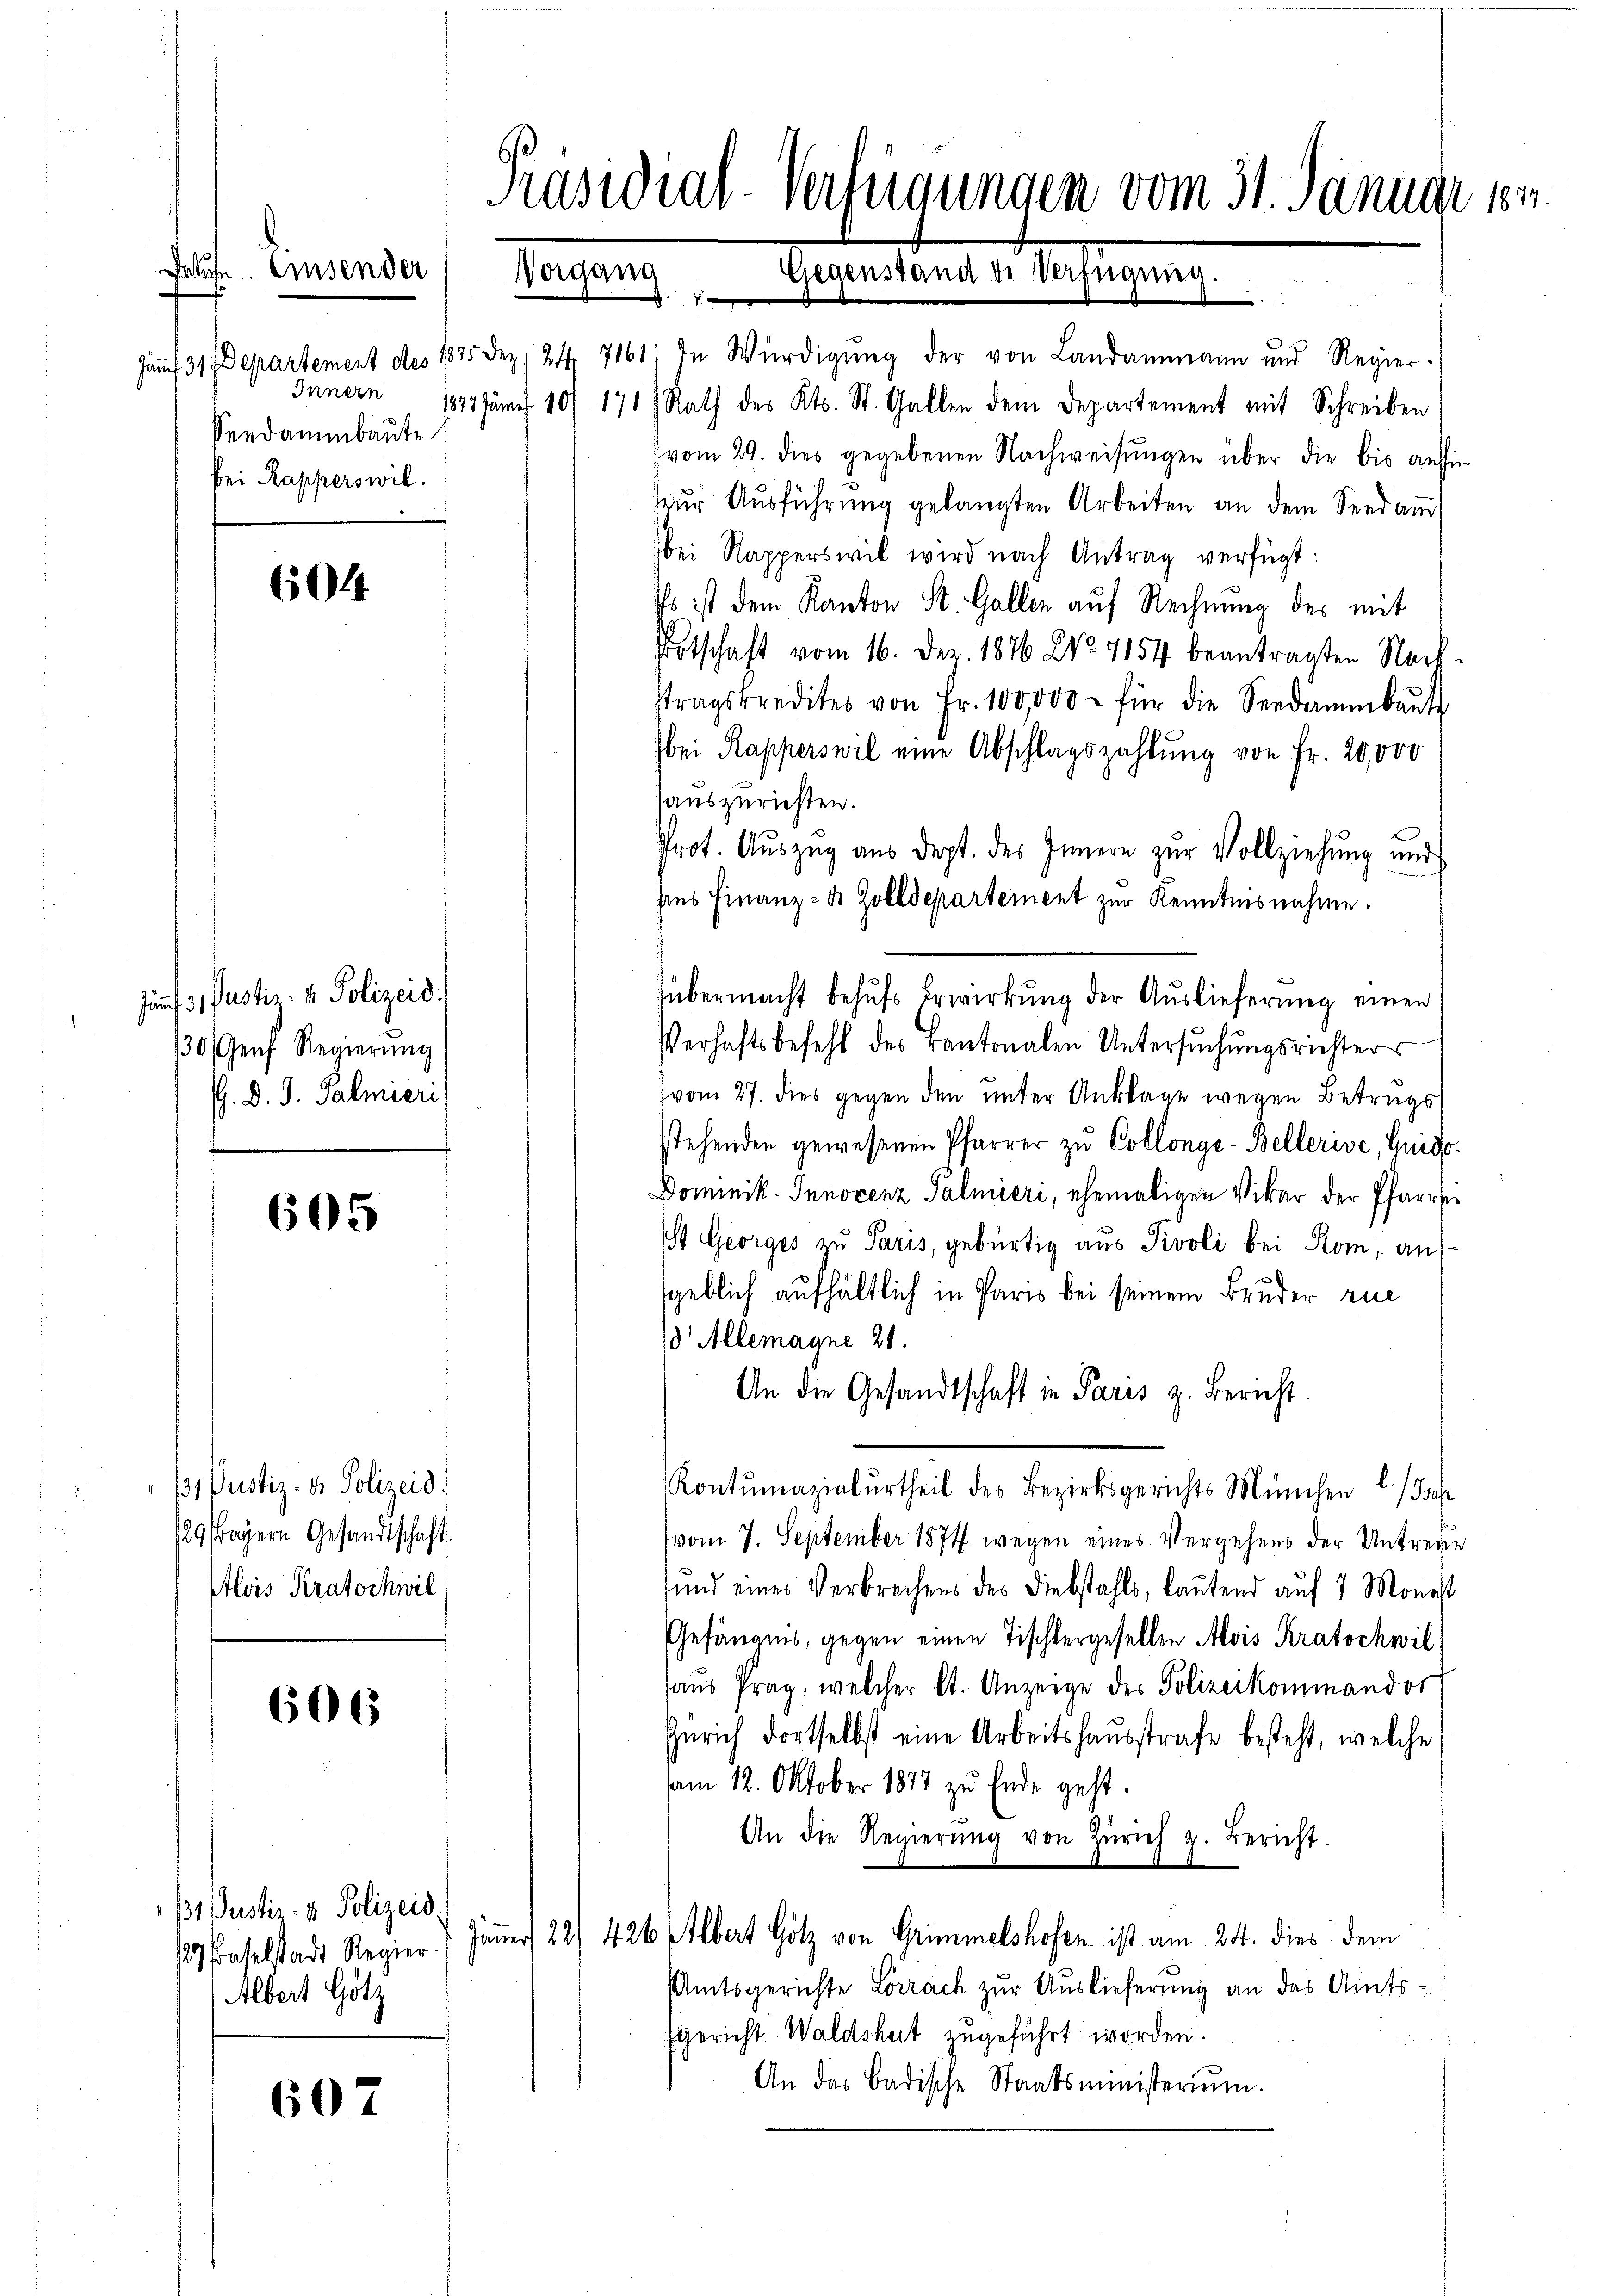
Pendammbaute
bei Rapperswill.

Falche Eisender

604

605

606

607

Junf d. Justiz- u. Polizeid
130/Genf Regierung
H. D. J. Palmieri

Pustiz- & Polizeis
129. Bayern Gesandtschaft
Alois Kratochwil

Präsidial-Verfügungen vom 31. Januar 184.
Vergang
Gegenstand de Verfügung.

e
fünf 31 Departement des 1875 Dez. 24. 7161) In Würdigŭng der von Landammann und Regier-
Innern 1873 fängt 10. 171. Rath des Kts. St. Gallen dem Departement mit Schreiben
vom 29. dies gegebenen Nachweisŭngen über die bis anhin
zur Ausführung gelangten Arbeiten an dem Seedam
bei Rapperswil wird nach Antrag verfügt:
Es ist dem Kanton St. Gallen auf Rechnung des mit
Botschaft vom 16. Dez. 1876 No 7154. beantragten Nach-
tragskredites von Fr. 100,000 - für die Seedammbaŭte
bei Rapperswil eine Abschlagszahlung von Fr. 20,000
Hauszurichten.
Prot. Aŭszŭg aŭs dept. des Innern zŭr Vollziehung und
Iins Finanz- u. Zolldepartement zur Kenntnisnahme.
übermacht behŭfs Erwirkung der Auslieferung einen
Verhaftsbefehl des Kantonalen Untersuchungsrichters
vom 27. dies gegen den unter Anklage wegen Betrugsstehenden gewesenen Pfarrer zu Collonge-Bellerive, Guido.
Dominik. Innocenz Palmieri, ehemaligen Vikar der Pfarrsi
Ist Georges zu Paris, gebürtig aus Pivoli bei Rom, au
sgeblich aufhältlich in Paris bei seinem Bruder rue
10 Allemagne 21.
An die Gesandtschaft in Paris z. Bericht.
Kontumazialurtheil des Bezirksgerichts München l. Jsch
vom 7. September 1874 wegen eines Vergehens der Untreten
und eines Verbrechens des Diebstahls, lautend auf 7 Monast
Gefängnis, gegen einen Tischlergesellen Alois Kratschwil
aus Prag, welcher lt. Anzeige des Polizeikommandor
Zürich dortselbst eine Arbeitshausstrafe besteht, welche
am 12. Oktober 1877 zu Ende geht.
An die Regierŭng von Zürich z. Bericht.
/2 Baselstadt Regier. Jäṅer 22) 426 Albert Götz von Grimmelshofen ist am 24. dies dem
Amtsgerichte Lörrach zur Auslieferung an das Amts¬
Gericht Waldshut zugeführt worden.
2
An das Badische Staatsministerium.

131. Justiz- & Polizeid
Albert Götz